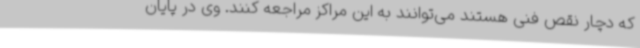
که دچار نقص فنی هستند می‌توانند به این مراکز مراجعه کنند. وی در پایان